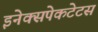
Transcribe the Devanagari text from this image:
इनेक्सपेकटेटस